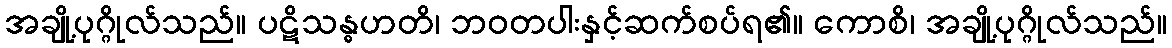
အချို့ပုဂ္ဂိုလ်သည်။ ပဋိသန္ဓဟတိ၊ ဘဝတပါးနှင့်ဆက်စပ်ရ၏။ ကောစိ၊ အချို့ပုဂ္ဂိုလ်သည်။